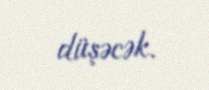
düşəcək.